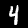
Label: 4